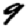
Digit: 9